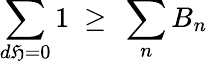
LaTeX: \sum_{d\mathfrak{H}=0}1\ \geq\ \sum_{n}B_{n}